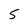
Character: 5